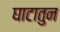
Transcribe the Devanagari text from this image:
घाटातुन